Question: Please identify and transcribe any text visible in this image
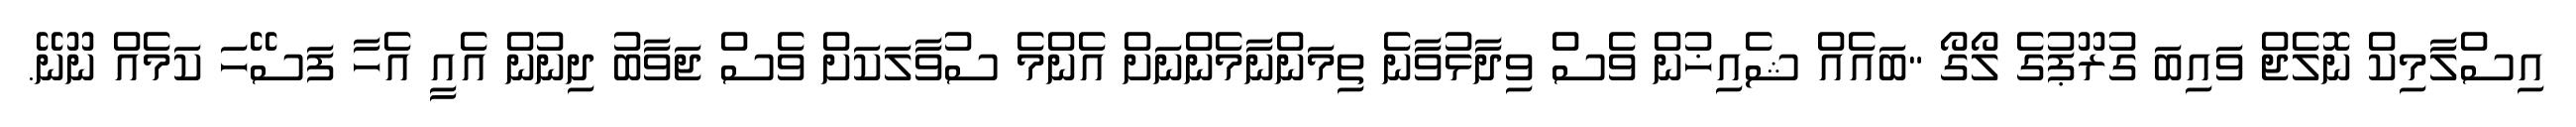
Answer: އިސްލާމިކް ނޮލެޖް ވައިބަ ގުރޫޕުގެ ލޯގޯ "ބައެއް ޝެއިޚުން ވެސް ވިދާޅުވާނެ ތިމަންނާމެންނަށް އެންމެ ސުވާލަކަށް ވެސް ޖަވާބު ދިނުން އެއީ އެހާ ފަސޭހަ ކަމެއް ނޫނޭ.